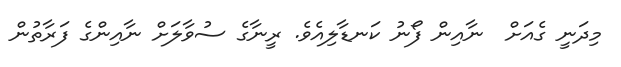
މިދަނީ ގެއަށް  ނާއިން ފޯނު ކަނޑާލިއެވެ. ރީނާގެ ސުވާލަށް ނާއިންގެ ފަރާތުން